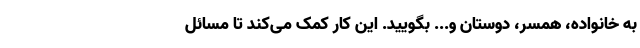
به خانواده، همسر، دوستان و... بگویید. این کار کمک می‌کند تا مسائل